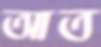
আত